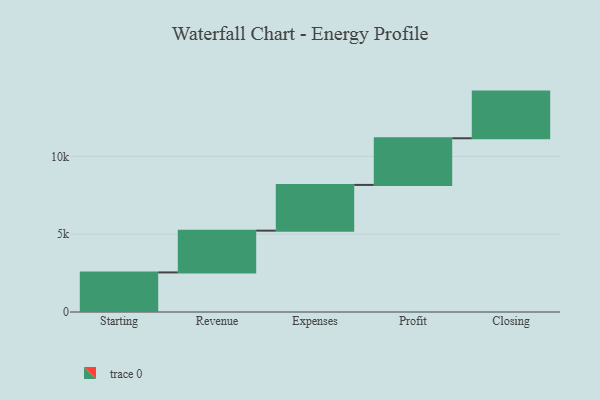
{"axis": {"x": "Step", "y": "Value"}, "legend": [""], "data": [{"x": "Starting", "y": 2544.0, "type": ""}, {"x": "Revenue", "y": 2687.0, "type": ""}, {"x": "Expenses", "y": 2940.0, "type": ""}, {"x": "Profit", "y": 3000, "type": ""}, {"x": "Closing", "y": 3000, "type": ""}]}